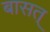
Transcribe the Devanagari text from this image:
बासत्